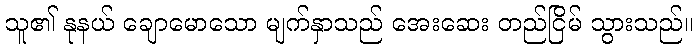
သူ၏ နုနယ် ချောမောသော မျက်နှာသည် အေးဆေး တည်ငြိမ် သွားသည်။